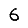
Digit: 6